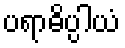
ပရာဓိပ္ပါယံ